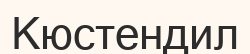
Кюстендил